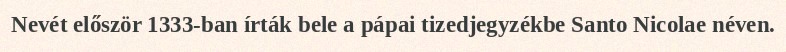
Nevét először 1333-ban írták bele a pápai tizedjegyzékbe Santo Nicolae néven.